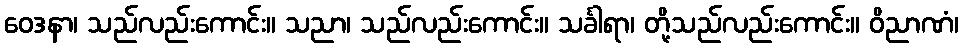
ဝေဒနာ၊ သည်လည်းကောင်း။ သညာ၊ သည်လည်းကောင်း။ သင်္ခါရာ၊ တို့သည်လည်းကောင်း။ ဝိညာဏံ၊